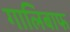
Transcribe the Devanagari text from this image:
गालिबाफ